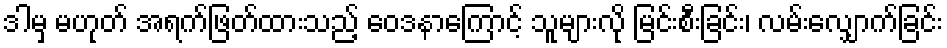
ဒါမှ မဟုတ် အရက်ဖြတ်ထားသည့် ဝေဒနာကြောင့် သူများလို မြင်းစီးခြင်း၊ လမ်းလျှောက်ခြင်း